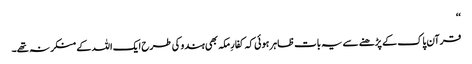
‘‘
قرآن پاک کے پڑھنے سے یہ بات ظاہر ہوئی کہ کفارِ مکہ بھی ہندو کی طرح ایک اللہ کے منکر نہ تھے۔